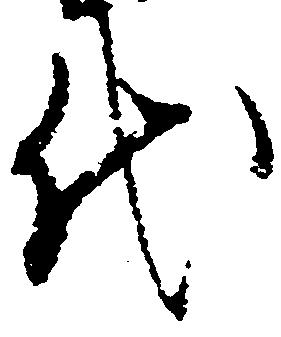
代